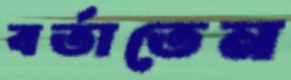
বর্তাতেন